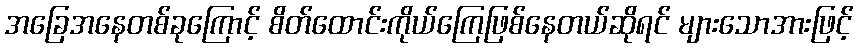
အခြေအနေတစ်ခုကြောင့် စိတ်ထောင်းကိုယ်ကြေဖြစ်နေတယ်ဆိုရင် များသောအားဖြင့်